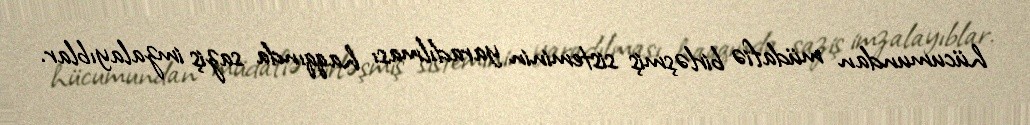
hücumundan müdafiə birləşmiş sisteminin yaradılması haqqında saziş imzalayıblar.